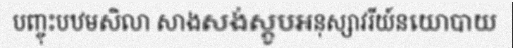
បញ្ចុះបឋមសិលា សាងសង់ស្តូបអនុស្សាវរីយ៍នយោបាយ